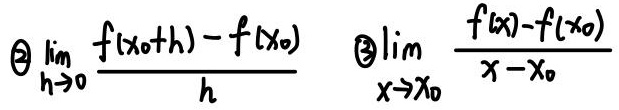
\[
\textcircled{2}\lim_{h \to 0} \frac{f(x_0 + h) - f(x_0)}{h} \quad \textcircled{3}\lim_{x \to x_0} \frac{f(x) - f(x_0)}{x - x_0}
\]